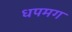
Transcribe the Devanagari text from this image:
धपमग